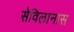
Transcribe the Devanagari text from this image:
सेविलानास